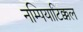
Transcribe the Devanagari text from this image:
नम्पियाटिक्कल